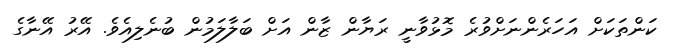
ކަންތަކަށް އަހަރެންނަށްވުރެ މޮޅުވާނީ ރަޔާން ޒާން އަށް ބަލާލަމުން ބުނެލިއެވެ. އޭރު އޭނާގެ